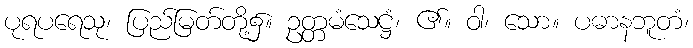
ပုရပရေသု၊ ပြည်မြတ်တို့၌။ ဥတ္တမံသေဋ္ဌံ၊ ၏။ ဝါ၊ သော။ ပဓာနဘူတံ၊